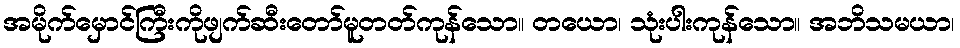
အမိုက်မှောင်ကြီးကိုဖျက်ဆီးတော်မူတတ်ကုန်သော။ တယော၊ သုံးပါးကုန်သော။ အဘိသမယာ၊